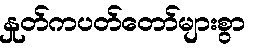
နှုတ်ကပတ်တော်များစွာ